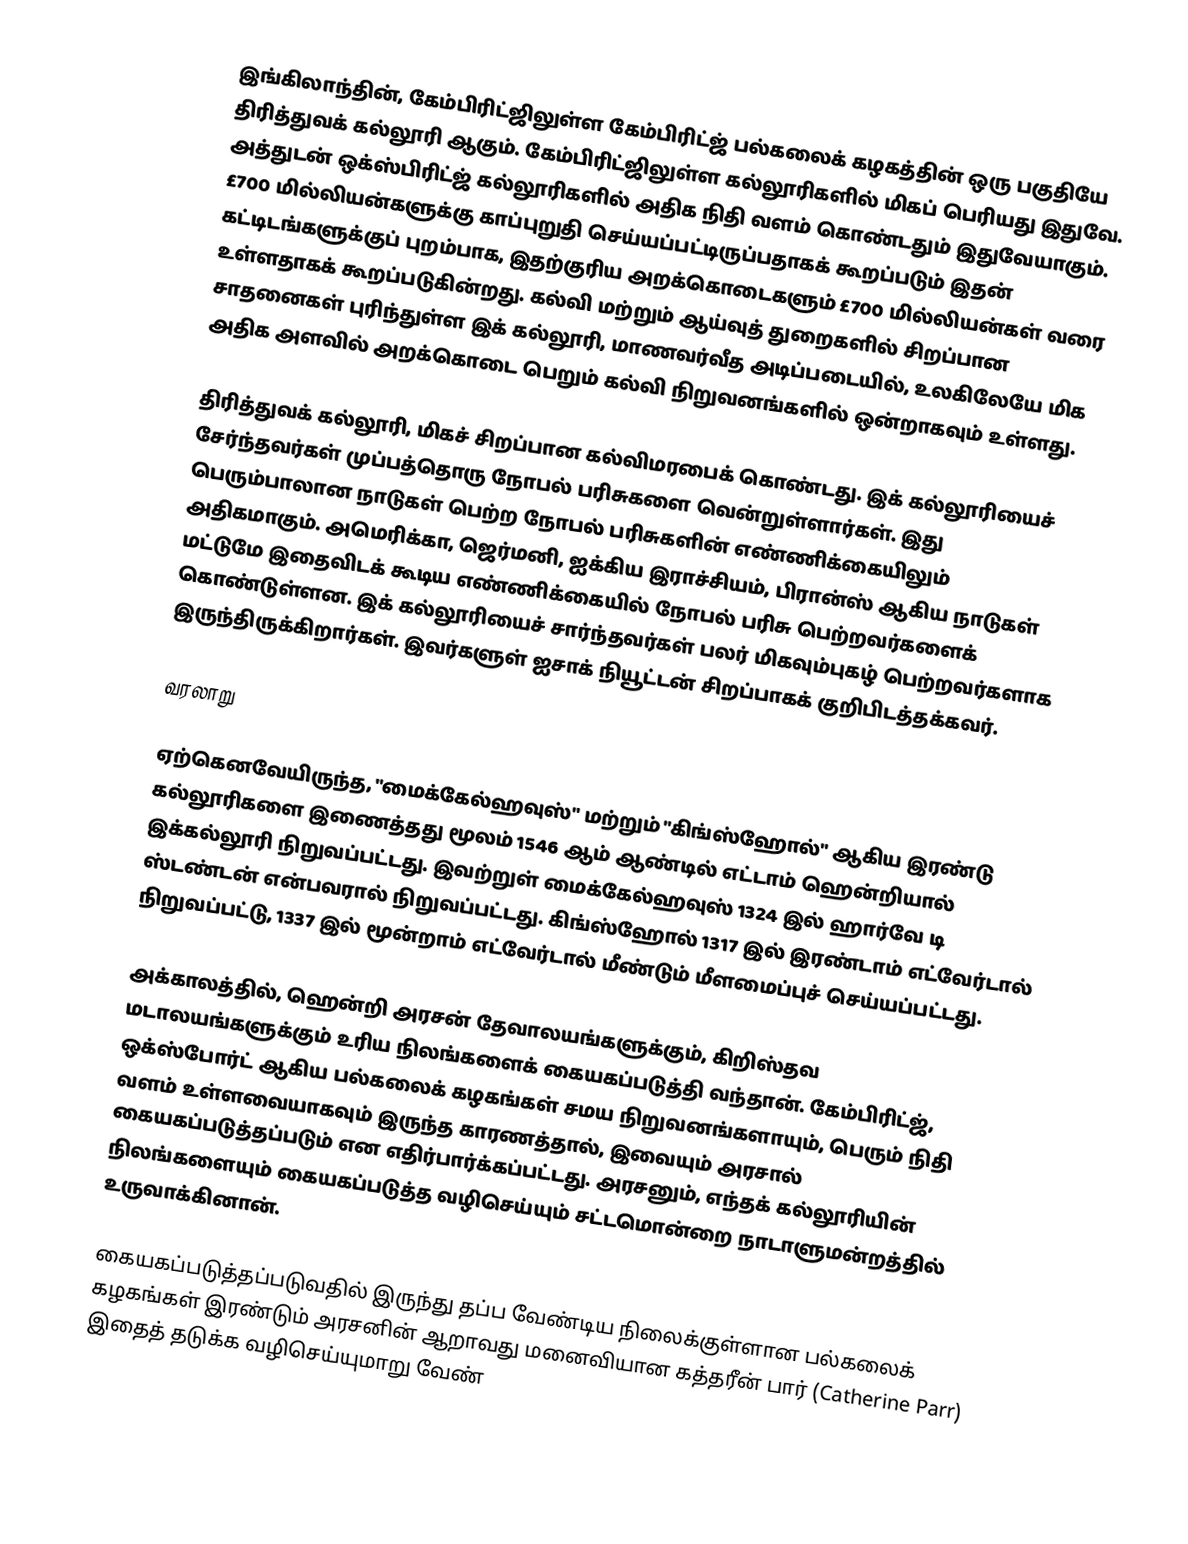
இங்கிலாந்தின், கேம்பிரிட்ஜிலுள்ள கேம்பிரிட்ஜ் பல்கலைக் கழகத்தின் ஒரு பகுதியே திரித்துவக் கல்லூரி ஆகும். கேம்பிரிட்ஜிலுள்ள கல்லூரிகளில் மிகப் பெரியது இதுவே. அத்துடன் ஒக்ஸ்பிரிட்ஜ் கல்லூரிகளில் அதிக நிதி வளம் கொண்டதும் இதுவேயாகும். £700 மில்லியன்களுக்கு காப்புறுதி செய்யப்பட்டிருப்பதாகக் கூறப்படும் இதன் கட்டிடங்களுக்குப் புறம்பாக, இதற்குரிய அறக்கொடைகளும் £700 மில்லியன்கள் வரை உள்ளதாகக் கூறப்படுகின்றது. கல்வி மற்றும் ஆய்வுத் துறைகளில் சிறப்பான சாதனைகள் புரிந்துள்ள இக் கல்லூரி, மாணவர்வீத அடிப்படையில், உலகிலேயே மிக அதிக அளவில் அறக்கொடை பெறும் கல்வி நிறுவனங்களில் ஒன்றாகவும் உள்ளது.

திரித்துவக் கல்லூரி, மிகச் சிறப்பான கல்விமரபைக் கொண்டது. இக் கல்லூரியைச் சேர்ந்தவர்கள் முப்பத்தொரு நோபல் பரிசுகளை வென்றுள்ளார்கள். இது பெரும்பாலான நாடுகள் பெற்ற நோபல் பரிசுகளின் எண்ணிக்கையிலும் அதிகமாகும்.  அமெரிக்கா, ஜெர்மனி, ஐக்கிய இராச்சியம், பிரான்ஸ் ஆகிய நாடுகள் மட்டுமே இதைவிடக் கூடிய எண்ணிக்கையில் நோபல் பரிசு பெற்றவர்களைக் கொண்டுள்ளன. இக் கல்லூரியைச் சார்ந்தவர்கள் பலர் மிகவும்புகழ் பெற்றவர்களாக இருந்திருக்கிறார்கள். இவர்களுள் ஐசாக் நியூட்டன் சிறப்பாகக் குறிபிடத்தக்கவர்.

வரலாறு

ஏற்கெனவேயிருந்த, "மைக்கேல்ஹவுஸ்" மற்றும் "கிங்ஸ்ஹோல்" ஆகிய இரண்டு கல்லூரிகளை இணைத்தது மூலம் 1546 ஆம் ஆண்டில் எட்டாம் ஹென்றியால் இக்கல்லூரி நிறுவப்பட்டது. இவற்றுள் மைக்கேல்ஹவுஸ் 1324 இல் ஹார்வே டி ஸ்டண்டன் என்பவரால் நிறுவப்பட்டது. கிங்ஸ்ஹோல் 1317 இல் இரண்டாம் எட்வேர்டால் நிறுவப்பட்டு, 1337 இல் மூன்றாம் எட்வேர்டால் மீண்டும் மீளமைப்புச் செய்யப்பட்டது.

அக்காலத்தில், ஹென்றி அரசன் தேவாலயங்களுக்கும், கிறிஸ்தவ மடாலயங்களுக்கும் உரிய நிலங்களைக் கையகப்படுத்தி வந்தான். கேம்பிரிட்ஜ், ஒக்ஸ்போர்ட் ஆகிய பல்கலைக் கழகங்கள் சமய நிறுவனங்களாயும், பெரும் நிதி வளம் உள்ளவையாகவும் இருந்த காரணத்தால், இவையும் அரசால் கையகப்படுத்தப்படும் என எதிர்பார்க்கப்பட்டது. அரசனும், எந்தக் கல்லூரியின் நிலங்களையும் கையகப்படுத்த வழிசெய்யும் சட்டமொன்றை நாடாளுமன்றத்தில் உருவாக்கினான்.

கையகப்படுத்தப்படுவதில் இருந்து தப்ப வேண்டிய நிலைக்குள்ளான பல்கலைக் கழகங்கள் இரண்டும் அரசனின் ஆறாவது மனைவியான கத்தரீன் பார் (Catherine Parr) இதைத் தடுக்க வழிசெய்யுமாறு வேண்